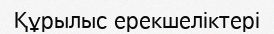
Құрылыс ерекшеліктері